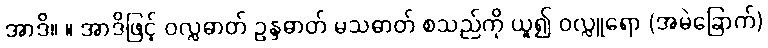
အာဒိ။ ။ အာဒိဖြင့် ဝလ္လဓာတ် ဥန္ဒဓာတ် မသဓာတ် စသည်ကို ယူ၍ ဝလ္လူရော (အမဲခြောက်)